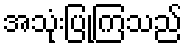
အသုံးပြုကြသည်